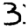
Digit: 3